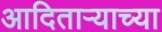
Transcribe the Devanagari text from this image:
आदिताऱ्याच्या